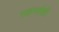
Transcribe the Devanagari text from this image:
सहनर्तकी